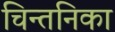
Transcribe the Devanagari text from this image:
चिन्तनिका